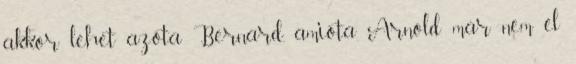
akkor lehet azóta Bernard, amióta Arnold már nem él